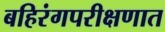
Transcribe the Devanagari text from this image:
बहिरंगपरीक्षणात